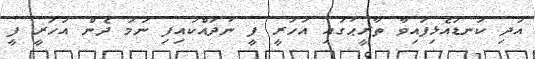
އަދި ކަނޑައެޅިފައިވާ ތާރީޙުގައި އަހަރީ ފީ ނުދައްކައިފި ނަމަ ދެން އަހަރީ ފީ